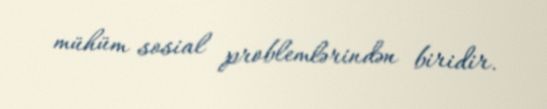
mühüm sosial problemlərindən biridir.